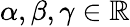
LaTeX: \alpha,\beta,\gamma\in\mathbb{R}